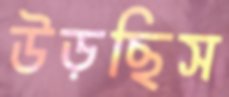
উড়ছিস